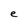
Character: e